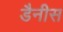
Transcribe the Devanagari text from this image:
डैनीस